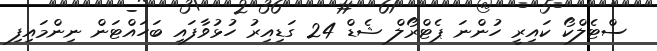
ސްޓެލްކޯ ކައިރީ ހުންނަ ޕެޓްރޯލް ޝެޑް 24 ގަޑިއިރު ހުޅުވާފައި ބަހައްޓަން ނިންމައިފި